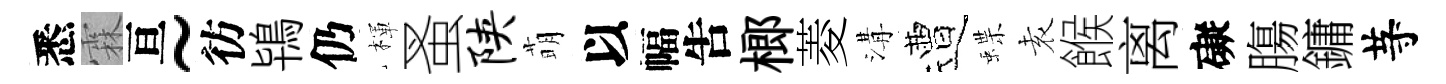
悉霖亘~彷鴇仍楎蚤陕萌以幅吿榔菱溝遭蝶𡊮餱离礙膓鏞䒭